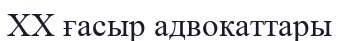
XX ғасыр адвокаттары